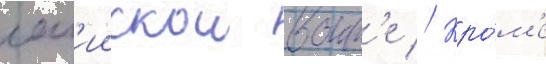
лам'иискои воин'е // Кро́м'е